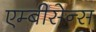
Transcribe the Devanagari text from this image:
एम्बीसेन्स